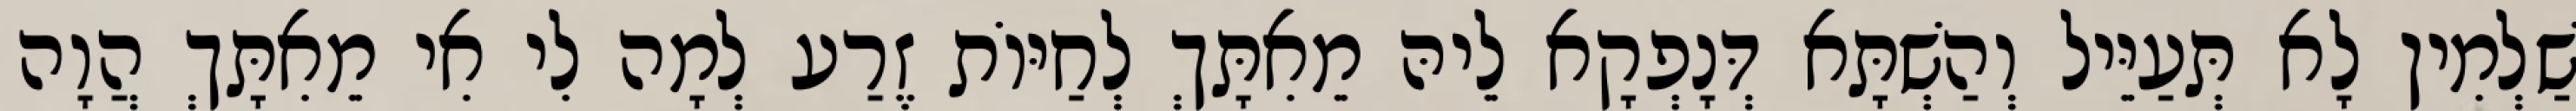
שַׁלְמִין לָא תְּעַיֵּיל וְהַשְׁתָּא דְּנָפְקָא לֵיהּ מֵאִתָּךְ לְחַיּוֹת זֶרַע לְמָה לִי אִי מֵאִתָּךְ הֲוָה